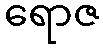
ရောဇ